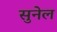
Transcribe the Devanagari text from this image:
सुनेल